Indian journal of veterinary science and animal husbandry - Volume 4,
Year: 1934
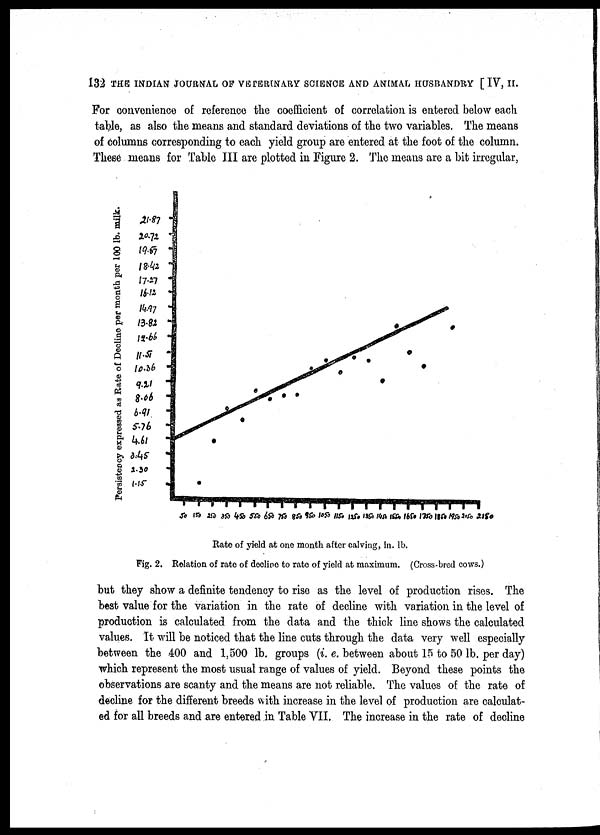
132 THE INDIAN JOURNAL OF VETERINARY SCIENCE AND ANIMAL HUSBANDRY [IV, II.
For convenience of reference the coefficient of correlation is entered below each
table, as also the means and standard deviations of the two variables. The means
of columns corresponding to each yield group are entered at the foot of the column.
These means for Table III are plotted in Figure 2. The means are a bit irregular,
Fig. 2. Relation of rate of decline to rate of yield at maximum. (Cross-bred cows.)
but they show a definite tendency to rise as the level of production rises. The
best value for the variation in the rate of decline with variation in the level of
production is calculated from the data and the thick line shows the calculated
values. It will be noticed that the line cuts through the data very well especially
between the 400 and 1,500 lb. groups (i. e. between about 15 to 50 lb. per day)
which represent the most usual range of values of yield. Beyond these points the
observations are scanty and the means are not reliable. The values of the rate of
decline for the different breeds with increase in the level of production are calculat-
ed for all breeds and are entered in Table VII. The increase in the rate of decline